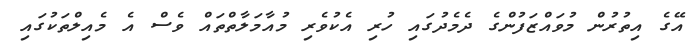
އޭގެ އިތުރުން މުވައްޒަފުންގެ ދެމެދުގައި ހުރި އެކުވެރި މުއާމަލާތްތައް ވެސް އެ މެއިލްތަކުގައި